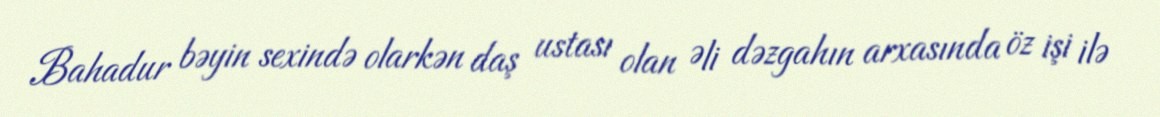
Bahadur bəyin sexində olarkən daş ustası olan Əli dəzgahın arxasında öz işi ilə